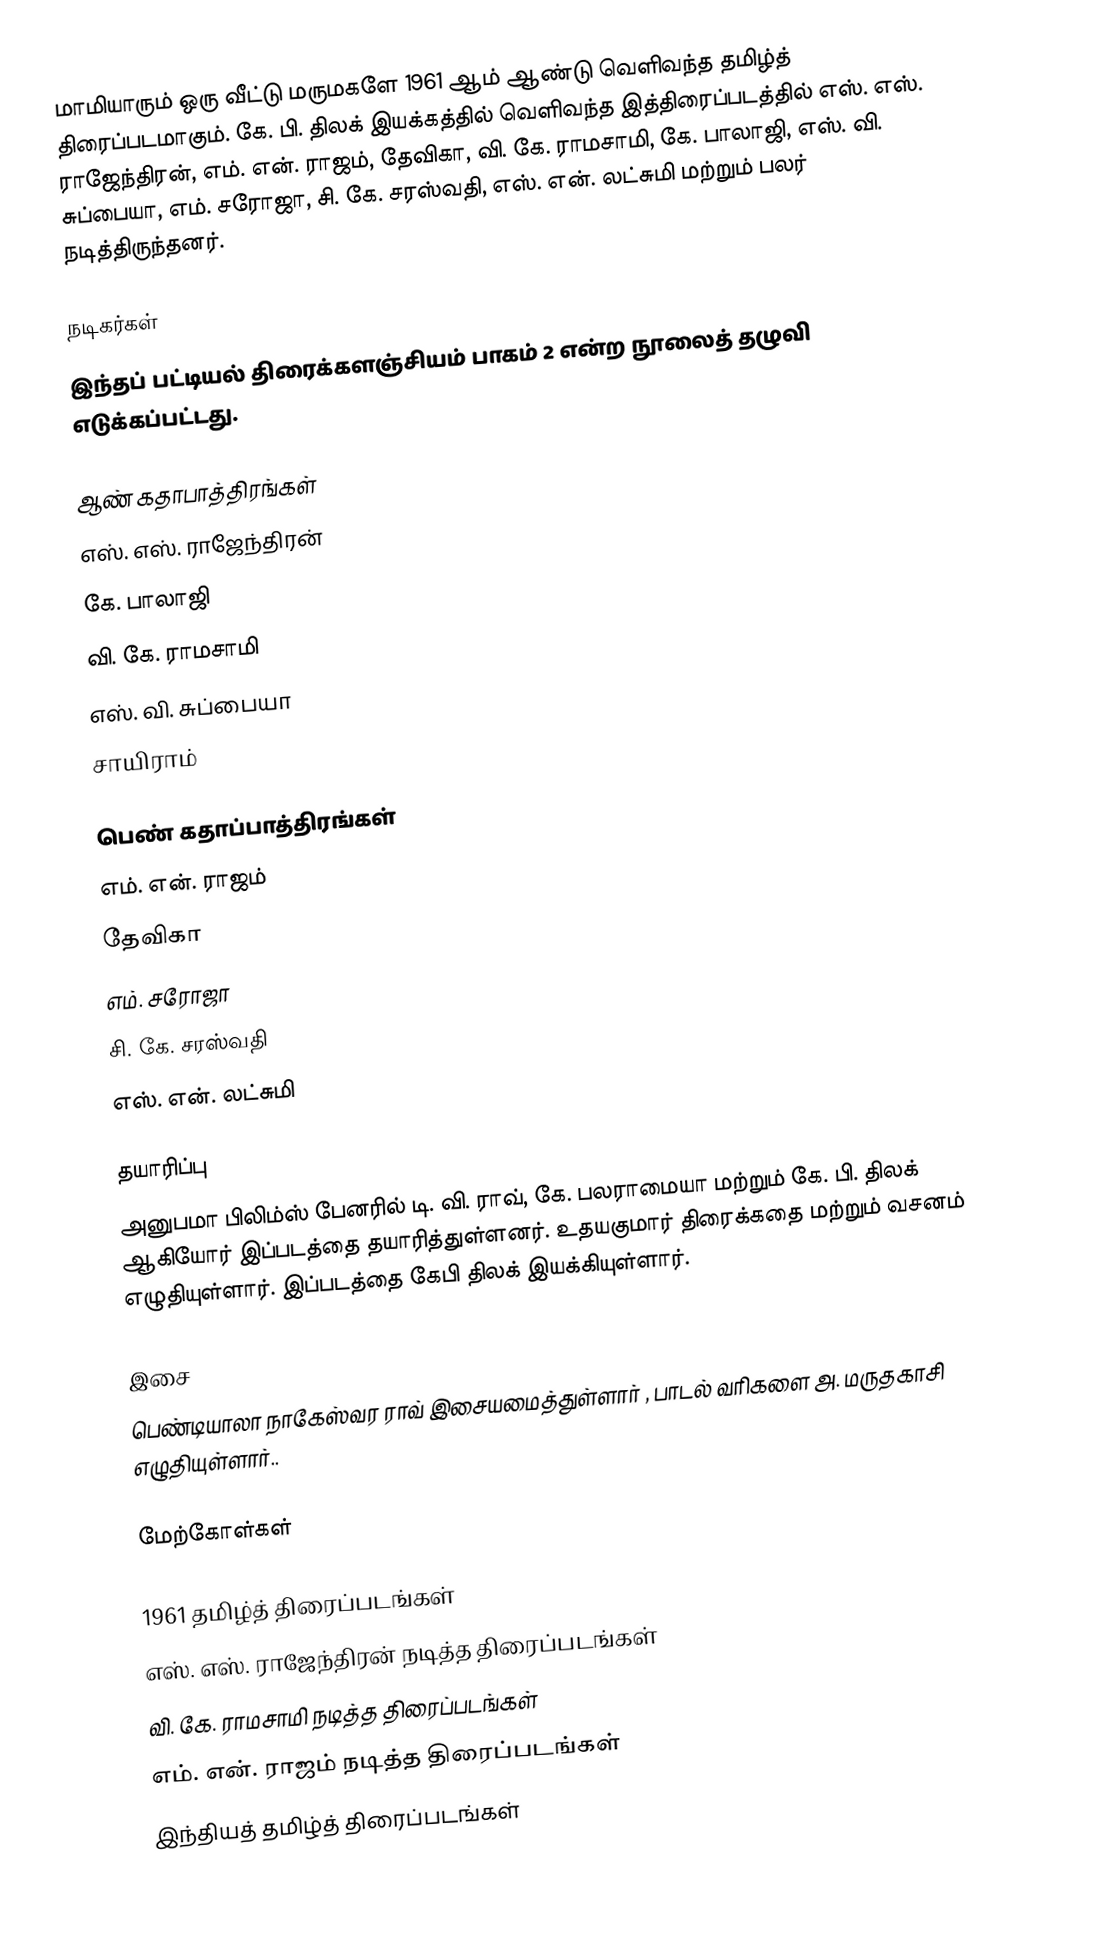
மாமியாரும் ஒரு வீட்டு மருமகளே 1961 ஆம் ஆண்டு வெளிவந்த தமிழ்த் திரைப்படமாகும். கே. பி. திலக் இயக்கத்தில் வெளிவந்த இத்திரைப்படத்தில் எஸ். எஸ். ராஜேந்திரன், எம். என். ராஜம், தேவிகா, வி. கே. ராமசாமி, கே. பாலாஜி, எஸ். வி. சுப்பையா, எம். சரோஜா, சி. கே. சரஸ்வதி, எஸ். என். லட்சுமி மற்றும் பலர் நடித்திருந்தனர்.

நடிகர்கள்
இந்தப் பட்டியல் திரைக்களஞ்சியம் பாகம் 2 என்ற நூலைத் தழுவி எடுக்கப்பட்டது.

ஆண் கதாபாத்திரங்கள்
எஸ். எஸ். ராஜேந்திரன்
கே. பாலாஜி
வி. கே. ராமசாமி
எஸ். வி. சுப்பையா
 சாயிராம்

பெண் கதாப்பாத்திரங்கள்
எம். என். ராஜம்
தேவிகா
எம். சரோஜா
சி. கே. சரஸ்வதி
எஸ். என். லட்சுமி

தயாரிப்பு
அனுபமா பிலிம்ஸ் பேனரில் டி. வி. ராவ், கே. பலராமையா மற்றும் கே. பி. திலக் ஆகியோர் இப்படத்தை தயாரித்துள்ளனர். உதயகுமார் திரைக்கதை மற்றும் வசனம் எழுதியுள்ளார். இப்படத்தை கேபி திலக் இயக்கியுள்ளார்.

இசை
பெண்டியாலா நாகேஸ்வர ராவ் இசையமைத்துள்ளார் , பாடல் வரிகளை அ. மருதகாசி எழுதியுள்ளார்..

மேற்கோள்கள்

1961 தமிழ்த் திரைப்படங்கள்
எஸ். எஸ். ராஜேந்திரன் நடித்த திரைப்படங்கள்
வி. கே. ராமசாமி நடித்த திரைப்படங்கள்
எம். என். ராஜம் நடித்த திரைப்படங்கள்
இந்தியத் தமிழ்த் திரைப்படங்கள்